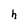
Character: h